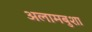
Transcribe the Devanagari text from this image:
अलामबुशा